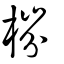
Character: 梤